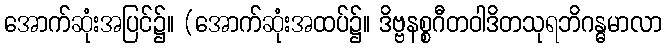
အောက်ဆုံးအပြင်၌။ (အောက်ဆုံးအထပ်၌။ ဒိဗ္ဗနစ္စဂီတဝါဒိတသုရဘိဂန္ဓမာလာ